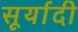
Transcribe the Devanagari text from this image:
सूर्यादी